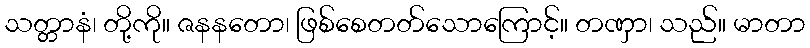
သတ္တာနံ၊ တို့ကို။ ဇနနတော၊ ဖြစ်စေတတ်သောကြောင့်။ တဏှာ၊ သည်။ မာတာ